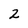
Character: 2